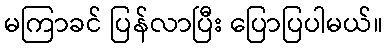
မကြာခင် ပြန်လာပြီး ပြောပြပါမယ်။